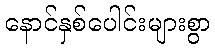
နောင်နှစ်ပေါင်းများစွာ